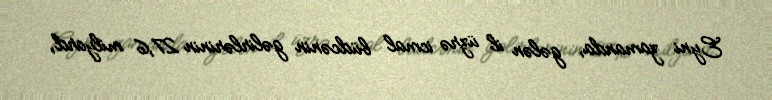
Eyni zamanda, gələn il üzrə icmal büdcənin gəlirlərinin 27,6 milyard,